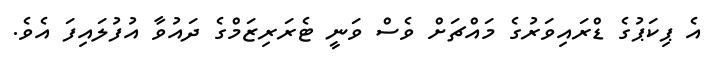
އެ ޕިކަޕުގެ ޑްރައިވަރުގެ މައްޗަށް ވެސް ވަނީ ޓެރަރިޒަމްގެ ދައުވާ އުފުލައިފަ އެވެ.